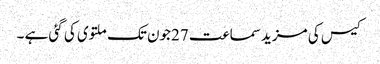
کیس کی مزید سماعت 27جون تک ملتوی کی گئی ہے ۔